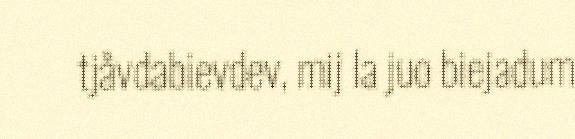
tjåvdabievdev, mij la juo biejadum